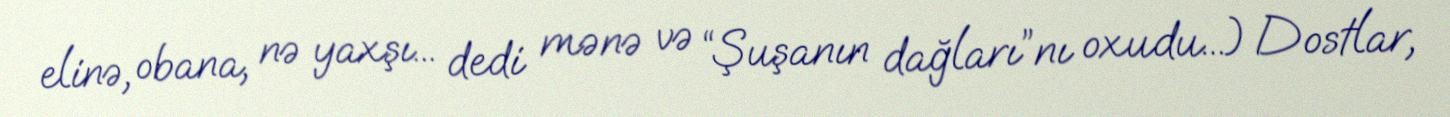
elinə, obana, nə yaxşı... dedi mənə və “Şuşanın dağları”nı oxudu...) Dostlar,